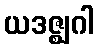
ယဒဇ္ဈဂါ